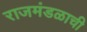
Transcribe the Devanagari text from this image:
राजमंडळाची